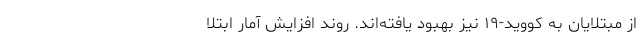
از مبتلایان به کووید-۱۹ نیز بهبود یافته‌اند. روند افزایش آمار ابتلا